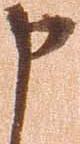
申